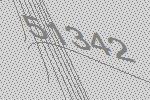
51342